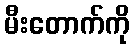
မီးတောက်ကို